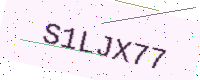
Text: S1LJX77